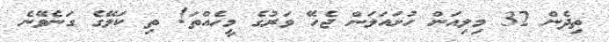
ތިދެން 32 މިލިއަން ހުށައަލަން ޖެހޭ ވަރުގެ މީހެއްތަ! ތި ކަލޭގެ ގަނެވޭނެ